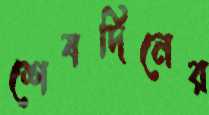
শেষদিনের